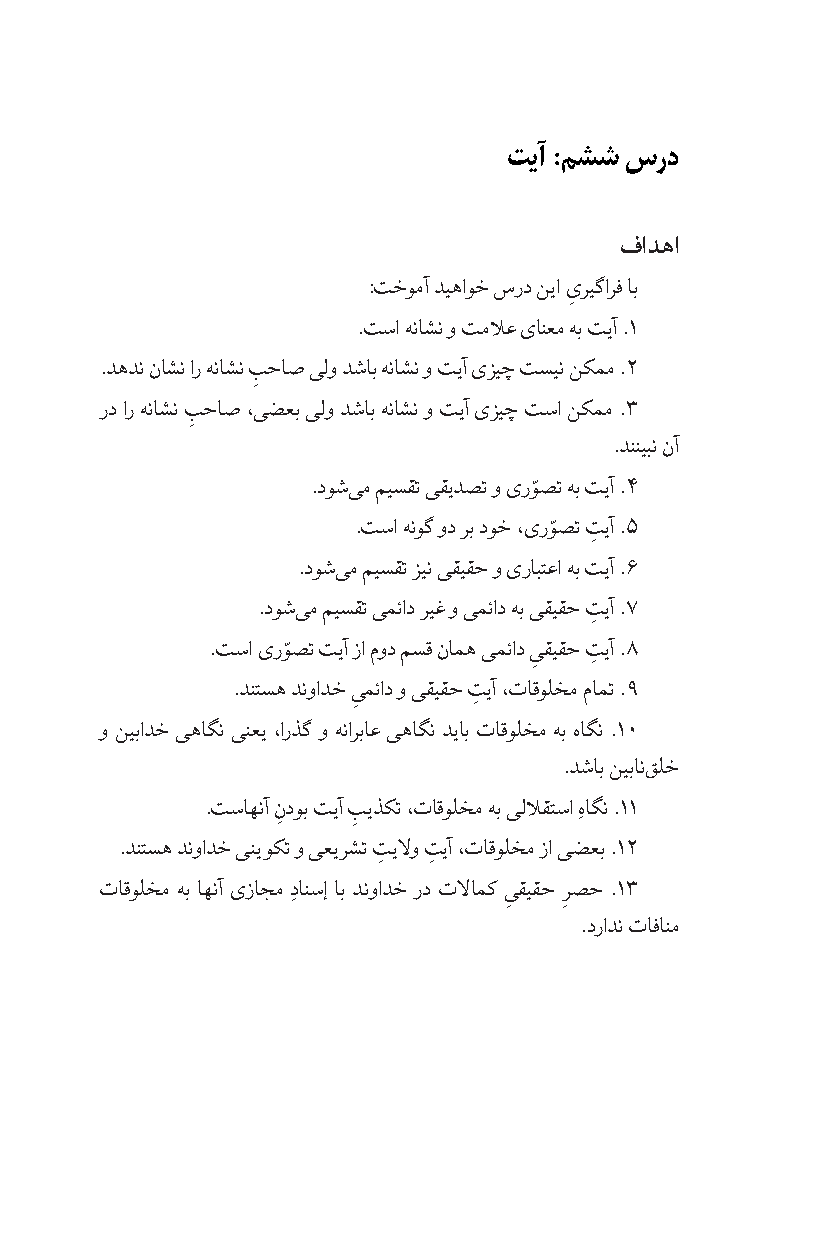
تیآ :مشش سرد
 فادها
 :تخومآ دیهاوخ سرد نیا ىریگارف اب
 ِ
 .تسا هناشن و تملع ىانعم هب تیآ .1
 .دهدن ناشن ار هناشن بحاص یلو دشاب هناشن و تیآ ىزیچ تسین نکمم .2
 ِ
 رد ار هناشن بحاص ،یضعب یلو دشاب هناشن و تیآ ىزیچ تسا نکمم .3
 ِ
 .دننیبن نآ
 ّ
 .دوش یم میسقت یقیدصت و ىروصت هب تیآ .4
 ّ
 .تسا هنوگ ود رب دوخ ،ىروصت تیآ .5
 ِ
 .دوش یم میسقت زین یقیقح و ىرابتعا هب تیآ .6
 .دوش یم میسقت یمئاد ریغ و یمئاد هب یقیقح تیآ .7
 ِ
 ّ
 .تسا ىروصت تیآ زا مود مسق نامه یمئاد یقیقح تیآ .8
 ِ   ِ
 .دنتسه دنوادخ یمئاد و یقیقح تیآ ،تاقولخم مامت .9
 ِ       ِ
 و نیبادخ یهاگن ینعی ،ارذگ و هنارباع یهاگن دیاب تاقولخم هب هاگن .10
 .دشاب نیبان قلخ
 .تساهنآ ن
 ِ
 دوب تیآ ب
 ِ
 یذکت ،تاقولخم هب یللقتسا هِاگن .11
 .دنتسه دنوادخ ینیوکت و یعیرشت تیلو تیآ ،تاقولخم زا یضعب .12
 ِ   ِ
 تاقولخم هب اهنآ ىزاجم دِانسإ اب دنوادخ رد تلامک یقیقح رصح .13
 ِ  ِ
 .درادن تافانم